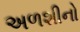
અળશીનો